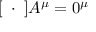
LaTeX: [ \mathbf { \partial } \cdot \mathbf { \partial } ] A ^ { \mu } = 0 ^ { \mu }